Medical and sanitary report of the native army of Bengal for the year
Year: 1876
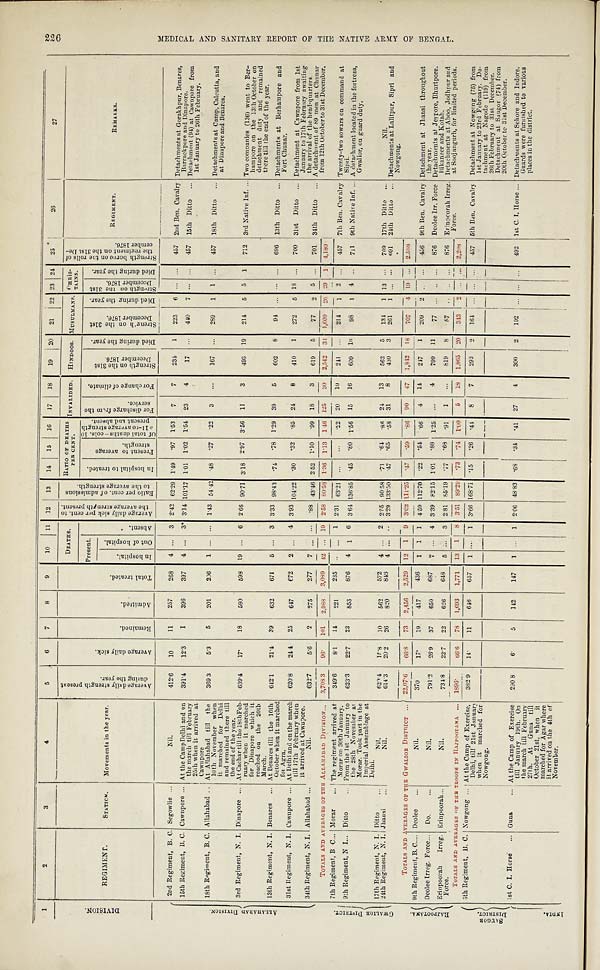
1
2
3 4
5
6 7
8
9
1 0
11
1 2
13
1 4
15 16
1 7
18 19 20
2 1
2 2 2 3 2 4
2 5
26
27
D I V I S I O N .
R E G I M E N T .
S T A T I O N .
Movements in the year.
A v e r a g e d a i l y s t r e n g t h p r e s e n t d u r i n g t h e y e a r .
A v e r a g e d a i l y s i c k .
Remained.
A d m i t t e d .
T o t a l t r e a t e d .
D E A T H S .
A v e r a g e d a i l y s i c k p e r c e n t . t o t h e a v e r a g e s t r e n g t h p r e s e n t .
R a t i o p e r c e n t o f a d m i s s i o n s t o t h e a v e r a g e s t r e n g t h .
R A T I O O F D E A T H S P E R C E N T .
INVALIED. HINDOOS.
M U S U L M A N S
C H R I S T A I N S .
S t r e n g t h b o r n e o n t h e r o l l s o f t h e r e g i m e n t o n t h e 3 1 s t D e c e m b e r 1 8 7 6 .
REGIMENT.REMARKS.
P r e s e n t .
A b s e n t .
I n h o s p i t a l t o t r e a t e d .
P r e s e n t t o a v e r a g e s t r e n g t h .
O f t o t a l d e a t h s - c o l s . 1 0 1 1 - 1 0 a v e r a g e s t r e n g t h p r e s e n t a n d a b s e n t .
F o r d i s c h a r g e d f r o m t h e s e r v i c e .
F o r c h a n g e o f c l i m a t e .
S t r e n g t h o n t h e 3 1 s t D e c e m b e r 1 8 7 6 .
D i e d d u r i n g t h e y e a r .
S t r e n g t h o n t h e 3 1 s t De c e mb e r 1 8 7 6 . Di e d d u r i n g t h e y e a r .
S t r e n g t h o n t h e 3 1 s t D e c e m b e r 1 8 7 6 .
D i e d d u r i n g t h e y e a r .
I n h o s p i t a l .
O u t o f h o s p i t a l .
A L L A H A B A D D I V I S I O N .
2 n d R e g i m e n t , B . C .
S e g o w l i e
Nil.
4 1 2 . 6
1 0
11
2 5 7
2 6 8 4 . . . 3
2 . 4 2
62.29
1 . 4 9
. 9 7
1.53
7
7 234 1
2 2 3
6 . . . . . .
4 5 7
2nd Ben. Cavalry Detachments at Gorakhput, Benares, Barrackpore and Dinapore.
1 5 t h R e g i m e n t , B . C .
C a w n p o r e At t he Ca mp De l hi a nd on t he ma r c h t i l l Fe br ua r y 25t h whe n i t a r r i ve d a t
Cawnpore
3 9 1 . 4
1 2 . 3
1
3 9 6
3 9 7 4 . . . 3 *
3 . 1 4
101.17
1 . 0 1
1 . 0 2
1.54
2 3
4 17
...
4 4 0 7 . . . . . .
4 5 7
15th Ditto
D e t a c h m e n t ( 9 4 ) a t C a w n p o r e f r o m 1 s t J a n u a r y t o 2 6 t h F e b r u a r y .
1 8 t h R e g i m e n t , B . C .
A l l a h a b a d
At Al l a h a b a d t i l l t h e 1 0 t h No v e mb e r wh e n i t ma r c h e d f o r De l h i a n d r e ma i n e d t h e r e t i l l t h e e n d o f t h e y e a r .
3 6 9 . 3
5 . 3
5
2 0 1
2 0 6 1 . . . . . .
1 . 4 3
54.42
. 4 8
. 2 7
.22
3
. . .
167 ...
2 8 9 1 1 . . .
4 5 7
18th Ditto Detachments at Camp, Calcutta, and at Dinapore and Benares.
3 r d R e g i m e n t , N . I .
D i n a p o r e
At Ca c h a r t i l l t h e 1 8 t h F e b r u a r y wh e n i t ma r c h e d f o r Di n a p o r e wh i c h i t r e a c h e d o n t h e 2 0 t h Ma r c h .
6 3 9 . 4
1 7 .
18
5 8 0
5 9 8 1 9 . . . 6
2 . 6 6
90.71
3 . 1 8
2 . 9 7
3.56
1 1
3 493 19
2 1 4 5 5 1
7 1 2
3rd Native Inf.
T wo c o mp a n i e s ( 1 3 6 ) we n t t o B e r - h a mp o r e o n t h e 1 3 t h Oc t o b e r o n d e t a c h me n t d u t y a n d r e ma i n e d t h e r e t i l l t h e e n d o f t h e y e a r .
1 3 t h R e g i m e n t , N . I .
B e n a r e s A t B e n a r e s t i l l t h e 1 6 t h O c t o b e r w h e n i t m a r c h e d f o r A g r a .
6 4 2 . 1
2 1 . 4
39
6 3 2
6 7 1 5 . . . 3
3 . 3 3
98.43
. 7 4
. 7 8
1.29
3 9
5 602 8
9 4 . . . . . . . . .
6 9 6
13th Ditto
Detachments at Berhampore and Fort Chunar.
3 1 s t R e g i m e n t , N . I .
C a w n p o r e At Del hi and on t he mar ch t i l l 17t h Febr uar y when i t ar r i ved at Cawnpor e.
6 2 0 . 8
2 4 . 4
25
6 4 7
6 7 2 2 . . . 4
3 . 9 3
104.22
. 3 0
. 3 2
.85
2 4
8 410 1
2 7 2 5 1 8 . . .
7 0 0
31st Ditto
Det achment at Cawnpor e f r om 1st Januar y t o 17t h Febur ar y awai t i ng t he ar r i val of t he head- quar t er s.
3 4 t h R e g i m e n t , N . I .
A l l a h a b a d Nil.
6 3 2 . 7
5 . 6
2
2 7 5
2 7 7 7 . . . . . .
. 8 8
43.46
2 . 5 2
1 . 1 0
.99
1 8
3 619 5
7 7 2 5 . . .
7 0 1
34th Ditto
A detachment of 89 men at Chunar from 12th October to 31st December.
T O T A L A N D A V E R A G E S O F T H E A L L A H A B A D D I V I S I O N .
3 , 7 0 8 . 3
9 6 .
101
2 , 9 8 8
3 , 0 8 9 4 2 . . . 1 9
2 . 5 8
80.58
1 . 3 6
1 . 1 3
1.46
1 . 2 5
3 0
2,54231
1 , 6 0 9 2 6 2 9 1
4 , 1 8 0
G W A L I O R D I S T R I C T .
7 t h R e g i m e n t , B . C
M o r a r The regiment arrived at Morar on 30th January.
3 4 9 . 6
8 . 1
14
2 2 1
2 3 5 . . . . . . 1
2 . 3 1
63.21 . . .
. . .
.22
2 0
1 0
241 ...
2 1 4 1 2 . . .
4 5 7
7th Ben. Cavalry. Twenty-two sowars on command at Sipri.
9 t h R e g i m e n t , N I .
D i t t o F r o m t h e 1 s t J a n u a r y t o t h e 2 8 t h No v e mb e r a t Mo r a r . T o o k p a r t i n t h e i mp e r i a l As s e mb l a g e a t De l h i .
6 2 3 . 3
2 2 . 7
23
8 5 3
8 7 6 4 1 6
3 . 6 4
136.85
. 4 5
. 8 0
1.56
1 5
1 6
609 10
9 8 1 4 . . .
7 1 1
9th Native Inf. A detachments located in the fortress, Gwalior, on guard duty.
1 7 t h R e g i m e n t , N . I .
D i t t o Nil.
6 2 0 . 4
1 5 . 8
10
5 6 2
5 7 2 4 . . . 2
2 . 5 5
90.58
. 7 1
. 6 4
.86
2 4
1 3
562 5
1 3 4 1 1 3 . . .
7 0 9
17th Ditto
Nil
2 4 t h R e g i m e n t , N . I .
J h a n s i Nil.
6 1 4 . 3
2 0 . 2
26
8 2 0
8 4 6 4 . . . . . .
3 . 2 9
143.50
. 4 7
. 6 5
.58
3 1
8 430 3
2 6 1 1 . . . . . .
6 9 1
24th Ditto
Detachments at Lalitpur, Sipri and Nowgong.
T O T A L A N D A V E R A G E S O F T H E G W A L I O R D I S T R I C T
2 2 , 0 7 . 6
6 6 . 8
73
2 , 4 5 6
2 , 5 2 9 1 2 1 9
3 . 0 2
111.25
. 4 7
. 5 9
.86
9 0
4 7
1,84218
7 0 7 4 1 9 . . .
2 , 5 6 8
R A J P O O T A N A .
9 t h R e g i m e n t , B . C
D e o l e e Nil.
3 7 0
1 7 .
19
4 1 7
4 3 6 1 1 1
4 . 5 9
112.70
. 2 2
. 5 4
.66
4
1 4
247 1
2 0 9 2 . . . . . .
4 5 6
9th Ben. Cavalry
D e t a c h m e n t a t J h a n s i t h r o u g h o u t t h e y e a r .
D e o l e e I r r e g . F o r c e .
D o . Nil.
7 9 1 . 2
2 6 . 9
37
6 5 0
6 8 7 7 . . . 4
3 . 3 9
82.15
1 . 0 1
. 8 8
1.25
. . .
4 799 11
7 7 . . . . . . . . .
8 7 6
Deolee Irr. Force.
Det achment at J eypor e, Bhur t por e, Bi kaneer and Kot ah.
E r i n p o o r a h I r r e g F o r c e .
E r i n p o o r a h Nil.
7 3 4 . 8
2 2 . 7
22
6 2 6
6 4 8 5 . . . 3
2 . 8 1
85.19
. 7 7
. 6 8
.91
1
. . .
819 8
5 7 . . . . . . . . .
8 7 6
Erinpoorah Irreg. Force. Detachments at Aboo, Jodhpur and at Soojangurh, for limited periods.
T O T A L S A N D A V E R A G E S O F T H E T R O O P S I N R A J P O O T A N A
1 8 9 6
6 6 . 6
78
1 , 6 9 3
1 , 7 7 1 1 3 1 8
3 . 5 1
89.29
. 7 3
. 7 4
1.00
5
1 8
1.86520
3 4 3 2 . . . . . .
2 , 2 0 8
S A U G O R D I S T R I C T .
5 t h R e g i m e n t , B . C .
N o w g o n g At t he Ca mp of Exc e r c i s e , De l hi , t i l l 21s t J a nua r y whe n i t ma r c he d f or Nowga ng.
3 8 2 . 9
1 4 .
11
6 4 6
6 5 7 1 . . . 1
3 . 6 6
168.71
. 1 5
. 2 6
.44
8
7 293 2
1 6 4 . . . . . . . . .
4 5 7
5th Ben. Cavalry D e t a c h me n t a t N o w g a n g ( 7 5 ) f r o m 1 s t J a n u a r y t o 2 3 r d F e b r u a r y . D e - t e c h me n t a t N a g o d e ( 1 1 9 ) f r o m 2 6 t h F e b r u a r y t o 3 1 s t D e c e mb e r . D e t a c h me n t a t S a u g o r ( 7 4 ) f r o m 2 0 t h O c t o b e r t o 3 1 s t D e c e mb e r .
1 s t C . I . H o r s e .
G u n a A t t h e C a m p o f E x e r c i s e t i l l J a n u a r y 1 9 t h . O n t h e m a r c h t i l l F e b r u a r y 2 7 t h . A t G u n a t i l l O c t o b e r 2 1 s t , w h e n i t m a r c h e d f o r A g a r w h e r e i t a r r i v e d o n t h e 4 t h o f N o v e m b e r .
2 9 0 . 8
6 5
1 4 2
1 4 7 1 . . . 1
2 . 0 6
48.83
. 6 8
. 3 4
.41
2 7
4 300 2
1 9 2 . . . . . . . . .
4 9 2
1st C. I. Horse.Det achment s at Sehore and Indore. Guards were furni shed t o vari ous pl aces i n t he di st ri ct .
I N D I A .